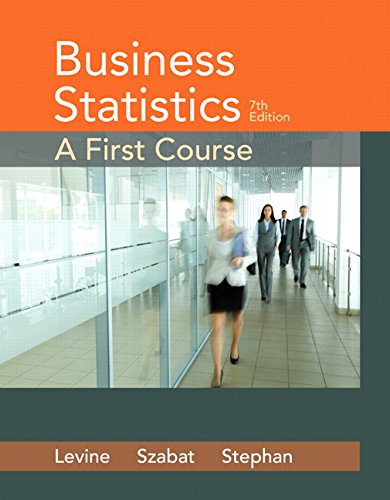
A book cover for Business Statistics: A First Course (7th Edition); David M. Levine; Business & Money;